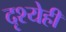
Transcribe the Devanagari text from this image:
दृश्येही